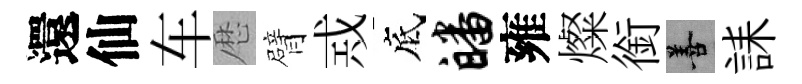
還仙车厯臂𢦶底皤雍燦銜善誄